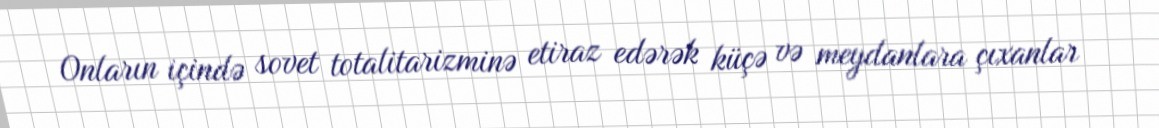
Onların içində sovet totalitarizminə etiraz edərək küçə və meydanlara çıxanlar